Civil Veterinary Dept. North-West Frontier Province 1933-46 - 1933-1946
Year: 1933
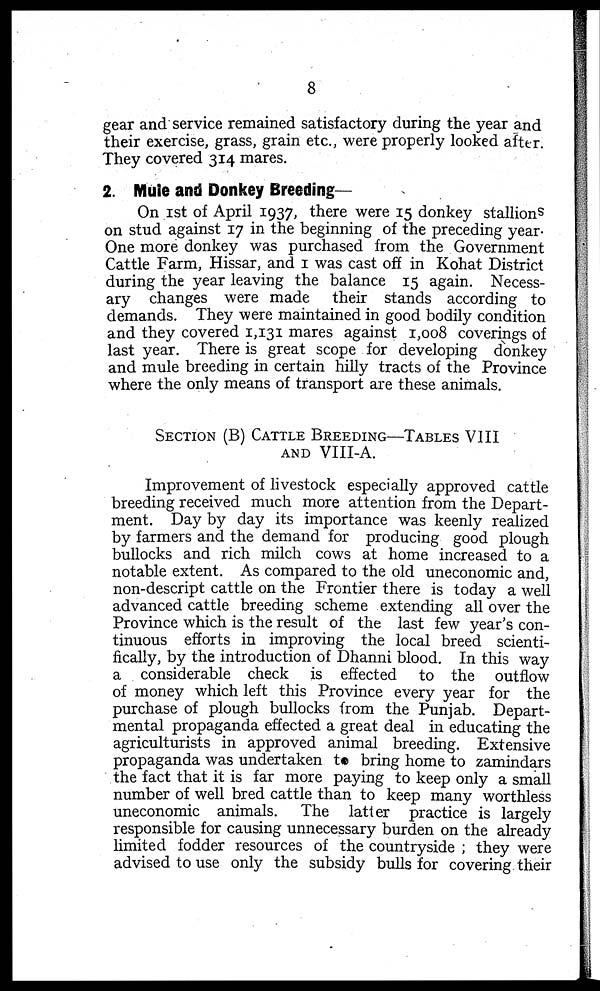
8
gear and service remained satisfactory during the year and
their exercise, grass, grain etc., were properly looked after.
They covered 314 mares.
2. Mule and Donkey Breeding—
On 1st of April 1937, there were 15 donkey stallions
on stud against 17 in the beginning of the preceding year.
One more donkey was purchased from the Government
Cattle Farm, Hissar, and 1 was cast off in Kohat District
during the year leaving the balance 15 again. Necess-
ary changes were made their stands according to
demands. They were maintained in good bodily condition
and they covered 1,131 mares against 1,008 coverings of
last year. There is great scope for developing donkey
and mule breeding in certain hilly tracts of the Province
where the only means of transport are these animals.
SECTION (B) CATTLE BREEDING–TABLES VIII
ANDVIII-A.
Improvement of livestock especially approved cattle
breeding received much more attention from the Depart-
ment. Day by day its importance was keenly realized
by farmers and the demand for producing good plough
bullocks and rich milch cows at home increased to a
notable extent. As compared to the old uneconomic and,
non-descript cattle on the Frontier there is today a well
advanced cattle breeding scheme extending all over the
Province which is the result of the last few year's con-
tinuous efforts in improving the local breed scienti-
fically, by the introduction of Dhanni blood. In this way
a considerable check is effected to the outflow
of money which left this Province every year for the
purchase of plough bullocks from the Punjab. Depart-
mental propaganda effected a great deal in educating the
agriculturists in approved animal breeding. Extensive
propaganda was undertaken to bring home to zamindars
the fact that it is far more paying to keep only a small
number of well bred cattle than to keep many worthless
uneconomic animals. The latter practice is largely
responsible for causing unnecessary burden on the already
limited fodder resources of the countryside ; they were
advised to use only the subsidy bulls for covering their